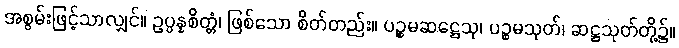
အစွမ်းဖြင့်သာလျှင်။ ဥပ္ပန္နစိတ္တံ၊ ဖြစ်သော စိတ်တည်း။ ပဉ္စမဆဋ္ဌေသု၊ ပဉ္စမသုတ်၊ ဆဋ္ဌသုတ်တို့၌။